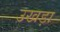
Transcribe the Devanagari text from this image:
उखड़ा